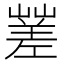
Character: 𡽓